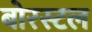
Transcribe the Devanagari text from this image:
बोरस्टल